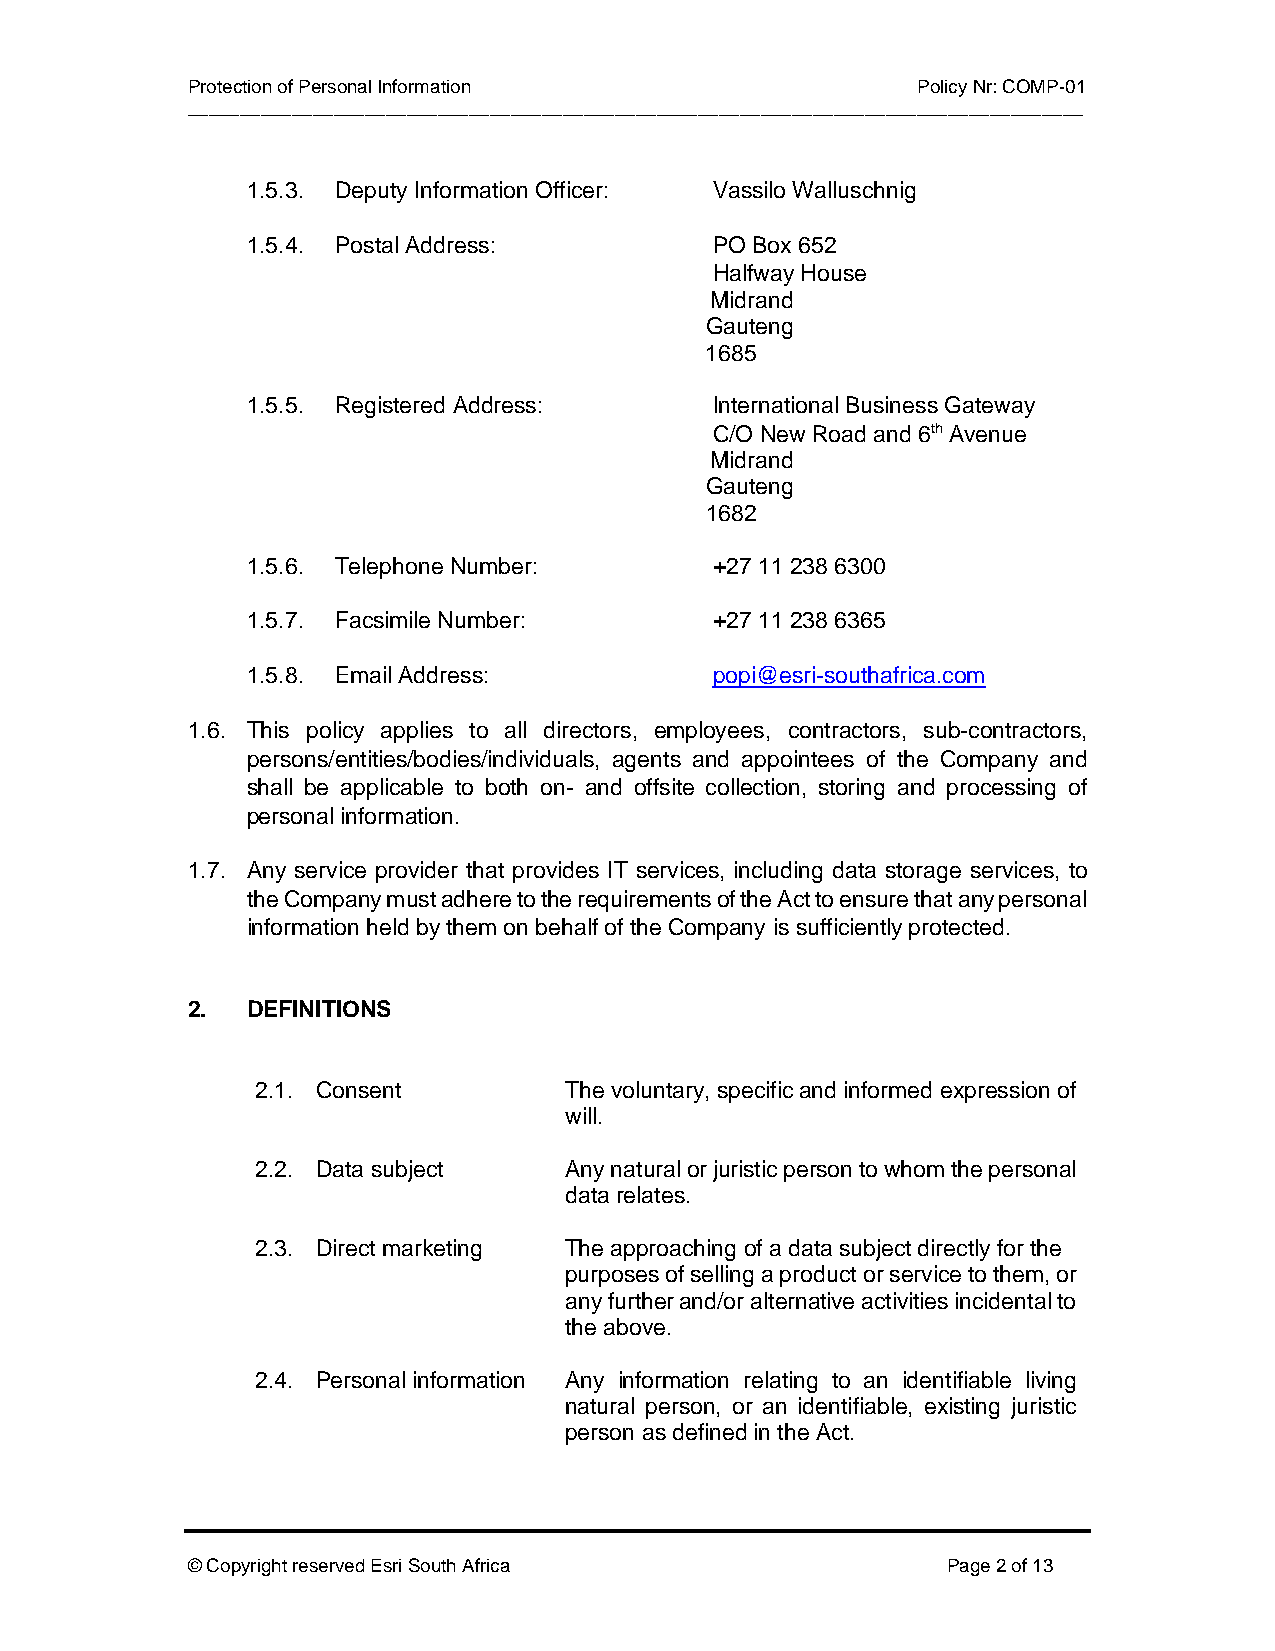
Protection of Personal Information               Policy Nr: COMP-01
 ______________________________________________________________________________________
 1.5.3. Deputy Information Officer: Vassilo Walluschnig
 1.5.4. Postal Address:         PO Box 652
 Halfway House
 Midrand
 Gauteng
 1685
 1.5.5. Registered Address:     International Business Gateway
 C/O New Road and 6th Avenue
 Midrand
 Gauteng
 1682
 1.5.6. Telephone Number:       +27 11 238 6300
 1.5.7. Facsimile Number:       +27 11 238 6365
 1.5.8. Email Address:          popi@esri-southafrica.com
 1.6. This policy applies to all directors, employees, contractors, sub-contractors,
 persons/entities/bodies/individuals, agents and appointees of the Company and
 shall be applicable to both on- and offsite collection, storing and processing of
 personal information.
 1.7. Any service provider that provides IT services, including data storage services, to
 the Company must adhere to the requirements of the Act to ensure that any personal
 information held by them on behalf of the Company is sufficiently protected.
 2.  DEFINITIONS
 2.1. Consent        The voluntary, specific and informed expression of
 will.
 2.2. Data subject   Any natural or juristic person to whom the personal
 data relates.
 2.3. Direct marketing The approaching of a data subject directly for the
 purposes of selling a product or service to them, or
 any further and/or alternative activities incidental to
 the above.
 2.4. Personal information Any information relating to an identifiable living
 natural person, or an identifiable, existing juristic
 person as defined in the Act.
 © Copyright reserved Esri South Africa             Page 2 of 13